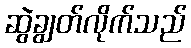
ဆွဲချွတ်လိုက်သည်